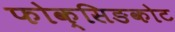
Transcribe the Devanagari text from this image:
फोक्सिङकोट